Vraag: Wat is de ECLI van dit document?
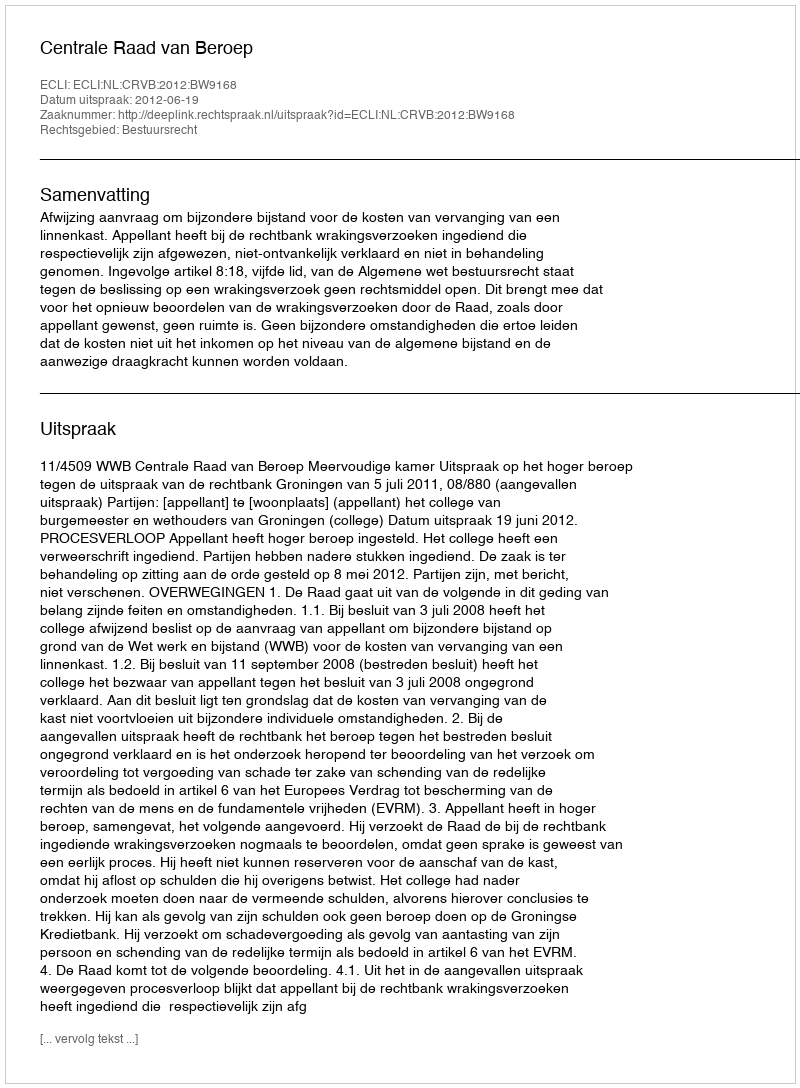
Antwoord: ECLI:NL:CRVB:2012:BW9168